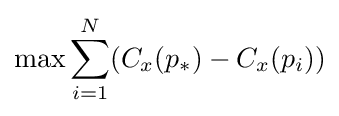
\max \sum _{i=1}^{N}(C_{x}(p_{*})-C_{x}(p_{i}))